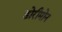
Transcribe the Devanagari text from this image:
डोरीमोन